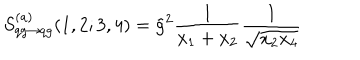
LaTeX: S _ { q g \rightarrow q g } ^ { ( a ) } ( 1 , 2 ; 3 , 4 ) = \tilde { g } ^ { 2 } \frac { 1 } { x _ { 1 } + x _ { 2 } } \frac { 1 } { \sqrt { x _ { 2 } x _ { 4 } } }